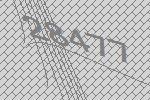
28477